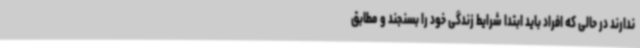
ندارند در حالی که افراد باید ابتدا شرایط زندگی خود را بسنجند و مطابق